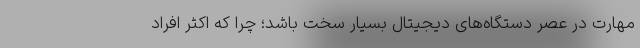
مهارت در عصر دستگاه‌های دیجیتال بسیار سخت باشد؛ چرا که اکثر افراد